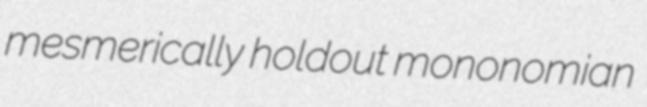
mesmerically holdout mononomian